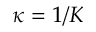
\kappa = 1 / K